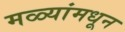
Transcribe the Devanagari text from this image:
मळ्यांमधून